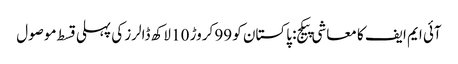
آئی ایم ایف کا معاشی پیکج: پاکستان کو 99 کروڑ 10 لاکھ ڈالرز کی پہلی قسط موصول